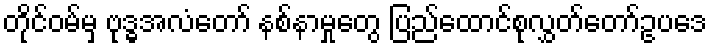
တိုင်ဝမ်မှ ဗုဒ္ဓအလံတော် နစ်နာမှုတွေ ပြည်ထောင်စုလွှတ်တော်ဥပဒေ